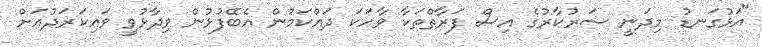
"އަޅުގަނޑު މިދަނީ ސަރުކާރުގެ އިސް ފަރާތްތަކާ ވާހަކަ ދައްކަމުން އެބޭފުޅުން ވިދާޅުވީ ވައިކަރަދުއަށް